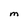
Character: M